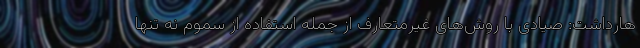
هارداشت: صیادی با روش‌های غیرمتعارف از جمله استفاده از سموم نه تنها